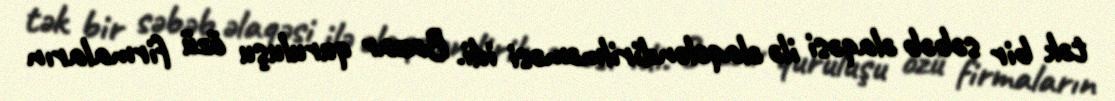
tək bir səbəb əlaqəsi ilə əlaqələndirilməməsi idi. Bazar quruluşu özü firmaların